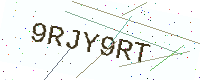
Text: 9RJY9RT